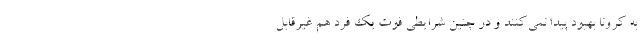
به کرونا بهبود پیدا نمی‌کنند و در چنین شرایطی فوت یک فرد هم غیرقابل